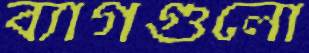
ব্যাগগুলো